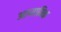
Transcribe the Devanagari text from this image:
आध्याम्कि